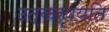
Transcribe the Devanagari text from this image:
उत्कर्षयति